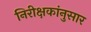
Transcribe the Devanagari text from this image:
निरीक्षकांनुसार